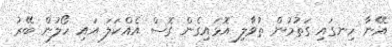
އޭނާ ހިނގައި ގަތުމުން ތުވާލި އޮޅައިގެން ގޮސް އެއްކަަލަ އައި ހޯލުން ބޭރު